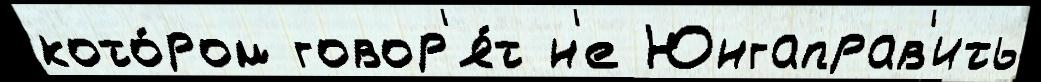
кото́ром говор'я́т н'е Юнгаправ'ить